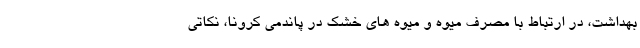
بهداشت، در ارتباط با مصرف میوه و میوه های خشک در پاندمی کرونا، نکاتی